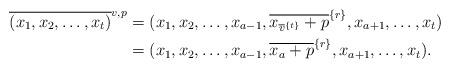
LaTeX: \begin{align*}\overline{(x_1, x_2,\ldots, x_t)}^{v, p} &= (x_1, x_2,\ldots, x_{a-1}, \overline{x_{\overline{v}^{\{t\}}} + p}^{\{r\}},x_{a+1},\ldots, x_t) \\&= (x_1, x_2,\ldots, x_{a-1}, \overline{x_{a} + p}^{\{r\}},x_{a+1},\ldots, x_t). \end{align*}